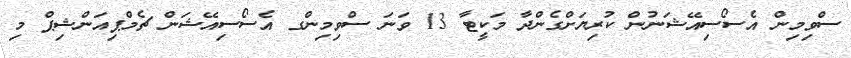
ސްވިމިން އެސޯސިއޭޝަނުން ކުރިޔަށްގެންދާ މަކީޓާ 13 ވަނަ ސްވިމިންގ އެސޯސިއޭޝަން ޗެމްޕިއަންޝިޕް މި